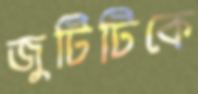
জুটিটিকে